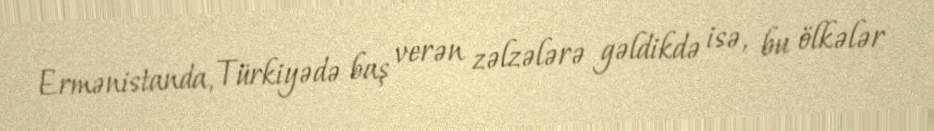
Ermənistanda, Türkiyədə baş verən zəlzələrə gəldikdə isə, bu ölkələr